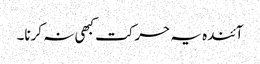
آئندہ یہ حرکت کبھی نہ کرنا۔